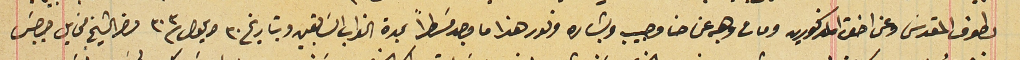
لطوف المقدسَ وعن اخت المذكورين ومات وهبه عن حنا وحبيب وبشاره ونور هذا ما وجد مسَطراً بمدة القراب السَابقين وبتاريخ ٣٠ ايلول سنة ٣٠٣ حضر الشيخ مخايل جرجسَ